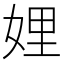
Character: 娌